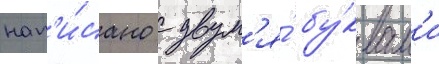
нап'и́сано с двум'я́ бу́квам'и